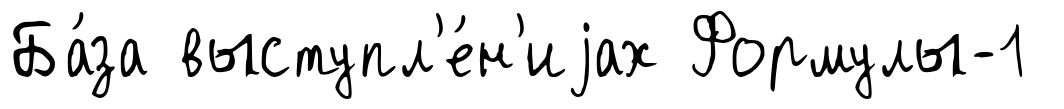
Ба́за выступл'е́н'иjах Формулы-1